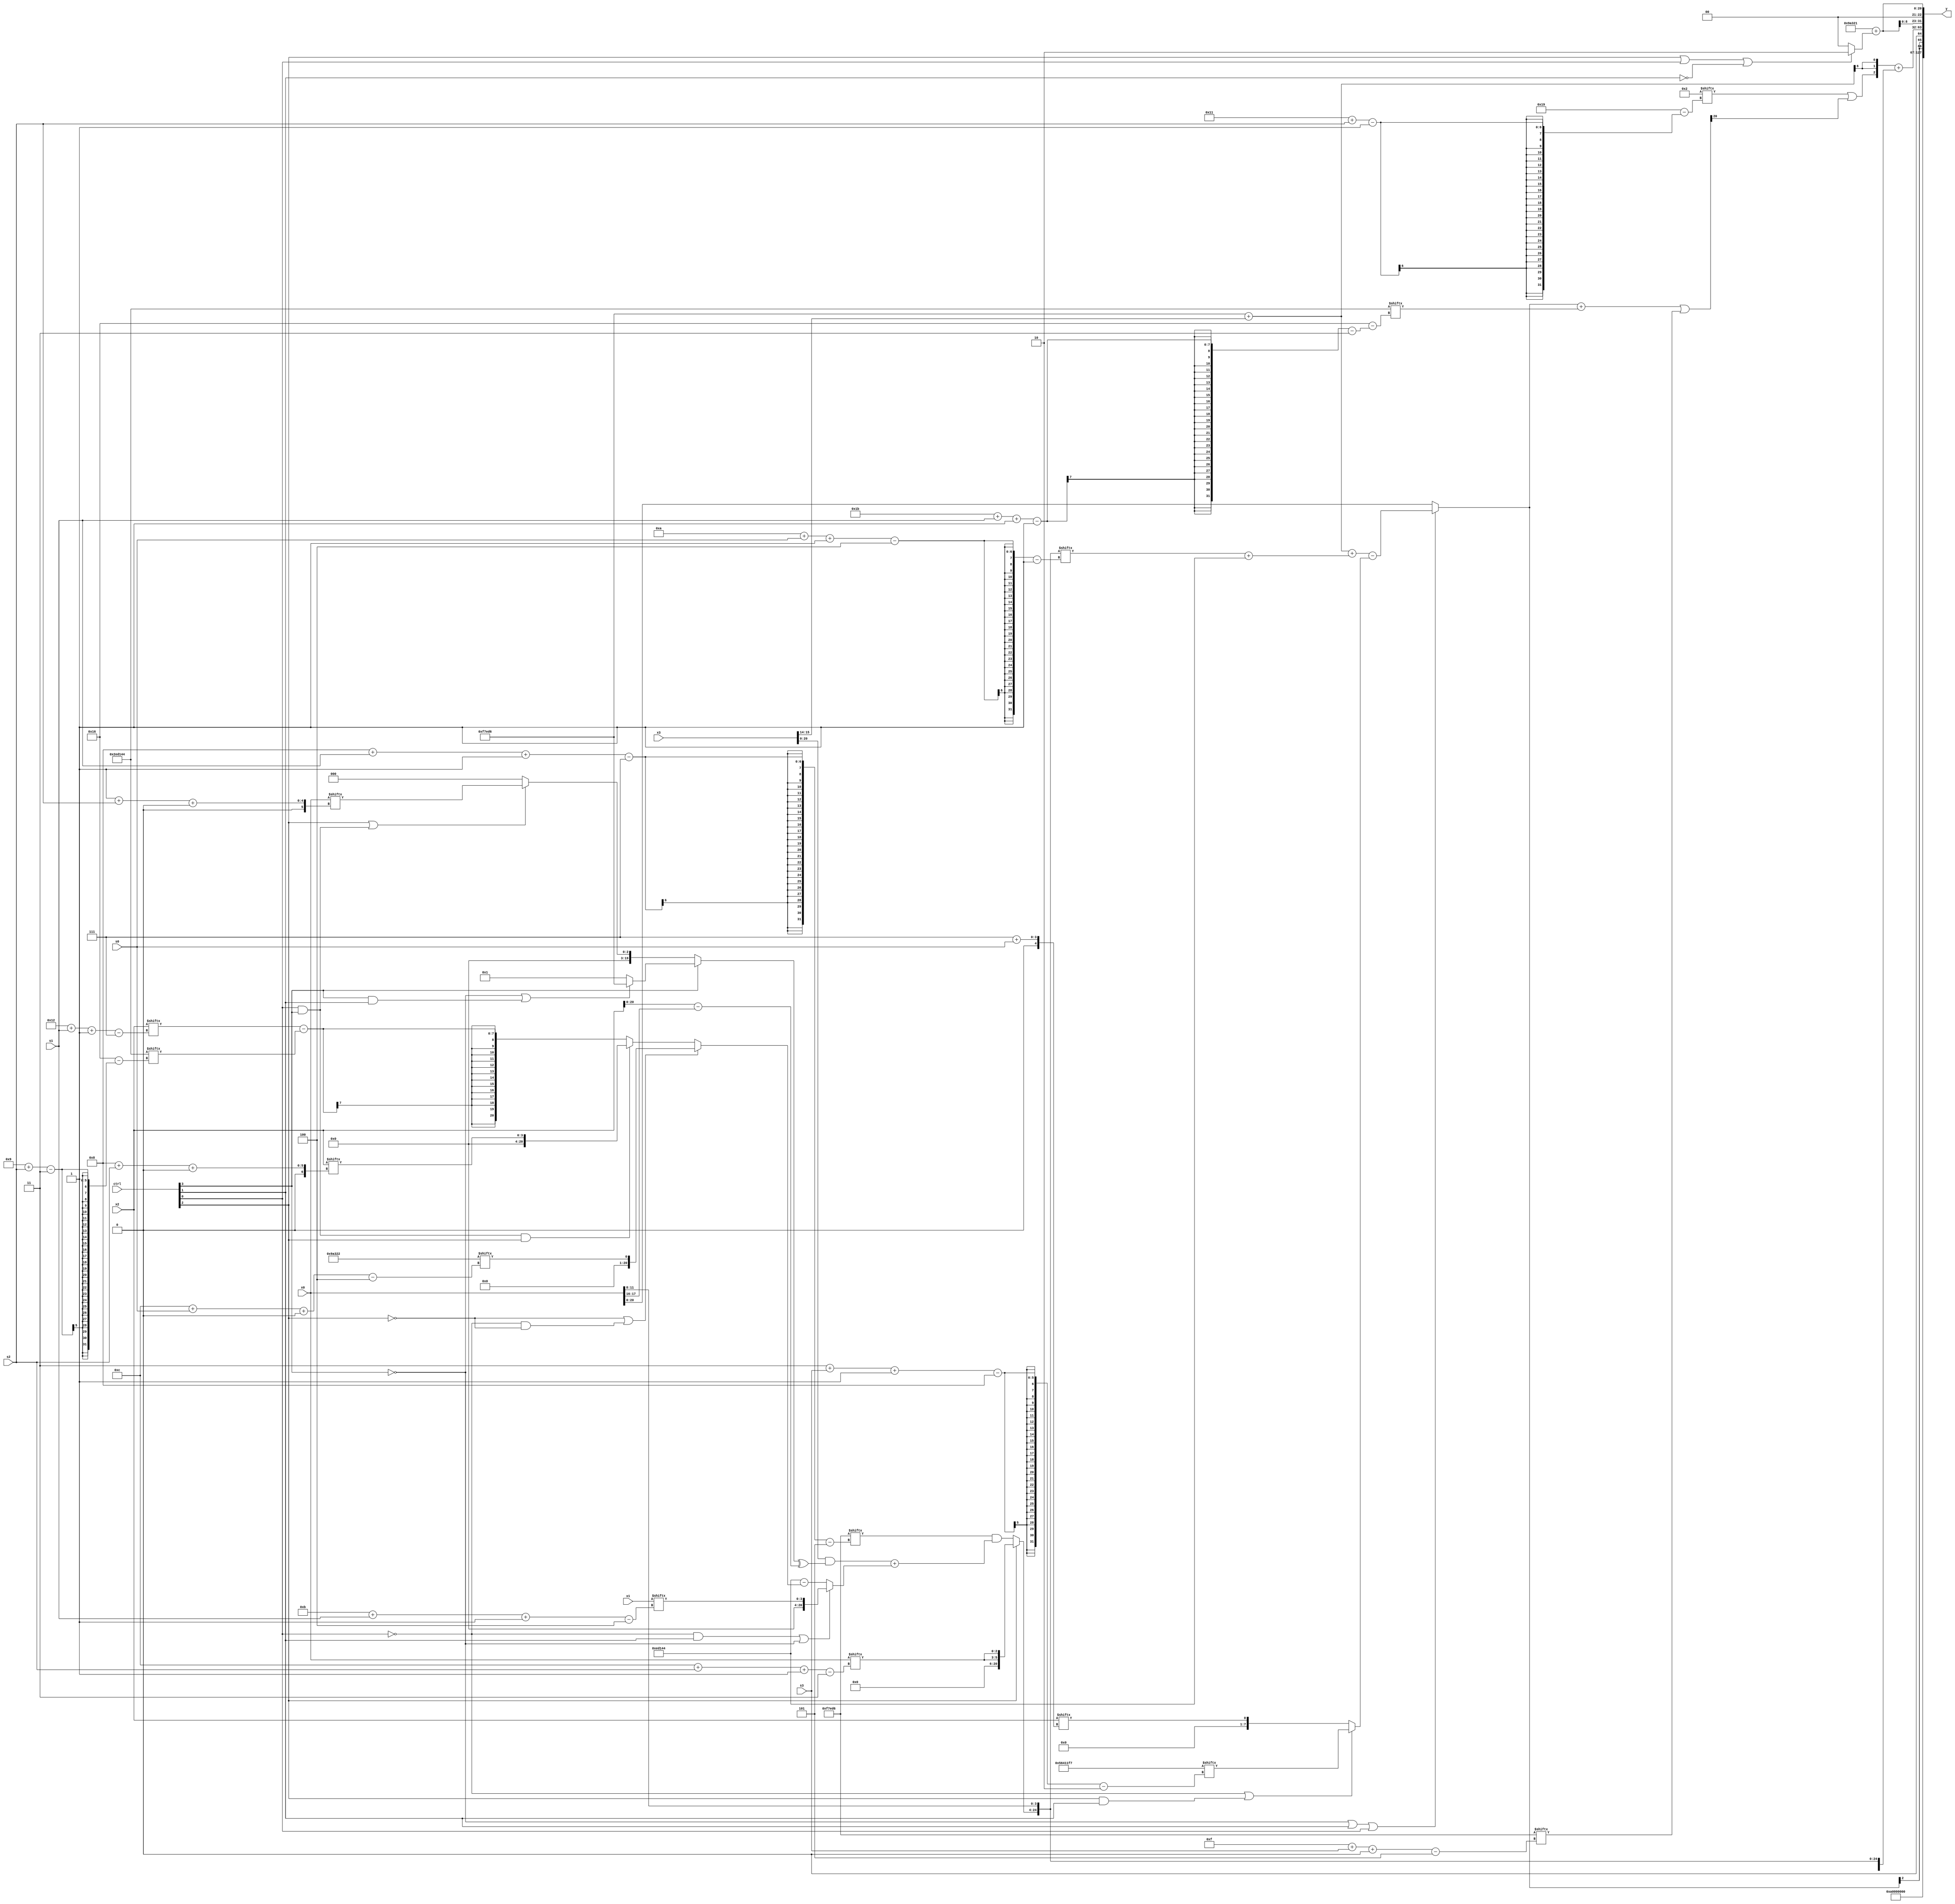
module partsel_00912(ctrl, s0, s1, s2, s3, x0, x1, x2, x3, y);
  input [3:0] ctrl;
  input [2:0] s0;
  input [2:0] s1;
  input [2:0] s2;
  input [2:0] s3;
  input signed [31:0] x0;
  input signed [31:0] x1;
  input signed [31:0] x2;
  input signed [31:0] x3;
  wire [30:7] x4;
  wire signed [0:27] x5;
  wire [1:27] x6;
  wire signed [25:1] x7;
  wire signed [28:6] x8;
  wire [30:1] x9;
  wire signed [27:0] x10;
  wire signed [4:27] x11;
  wire [1:26] x12;
  wire [7:29] x13;
  wire signed [6:24] x14;
  wire signed [2:25] x15;
  output [127:0] y;
  wire signed [31:0] y0;
  wire signed [31:0] y1;
  wire signed [31:0] y2;
  wire [31:0] y3;
  assign y = {y0,y1,y2,y3};
  localparam signed [29:2] p0 = 358879735;
  localparam signed [26:4] p1 = 621388578;
  localparam signed [25:5] p2 = 550469334;
  localparam signed [3:25] p3 = 489607492;
  assign x4 = ((x3 & ((ctrl[1] && !ctrl[1] || !ctrl[3] ? (ctrl[2] || ctrl[0] && ctrl[3] ? x0[1 + s2 +: 3] : p0[19 -: 4]) : (!ctrl[3] || ctrl[3] && ctrl[1] ? p2 : p3[17 -: 2])) ^ ({2{x2}} - x0[17 -: 2]))) + (!ctrl[0] && ctrl[1] || !ctrl[3] ? x1[11 + s1 -: 4] : (p3 - (!ctrl[2] || !ctrl[0] && !ctrl[2] ? p1[12 + s0 +: 1] : (ctrl[0] && ctrl[3] && ctrl[2] ? x2[8 + s2 +: 4] : (x2[18 + s1 -: 7] - p3[9 + s2]))))));
  assign x5 = x3[15 -: 2];
  assign x6 = (p2 + x5);
  assign x7 = {(!ctrl[1] && ctrl[1] || ctrl[2] ? {2{x0[12 + s2 -: 3]}} : (p2[8 + s1 -: 7] & x4)), x0[8 +: 4]};
  assign x8 = {((x6[10 +: 4] & x1) + p0), {2{(!ctrl[3] || ctrl[1] || ctrl[0] ? ((x6 + (x7[10 + s0 -: 4] + p3)) - (!ctrl[0] || ctrl[2] && ctrl[1] ? p0[3 + s3 -: 8] : x2[7 + s0])) : {x5[18], x0})}}};
  assign x9 = (x3 | {2{x8[22 -: 1]}});
  assign x10 = {2{((x8 + p3[27 + s1 -: 1]) | p2[15 + s3 +: 8])}};
  assign x11 = {2{p3[16 -: 4]}};
  assign x12 = p3[18 +: 3];
  assign x13 = p0[16 -: 1];
  assign x14 = {2{{({(x2[4 + s2 +: 6] - p0), {(p2[4 + s2] + x6), x12[10 + s2]}} + p2[11]), (p0[16 + s0 -: 2] + {x10[8 +: 4], x6[11 +: 3]})}}};
  assign x15 = p0[14];
  assign y0 = p3[11 +: 3];
  assign y1 = {{2{x8[8]}}, x11[21 -: 1]};
  assign y2 = ({(x12[17 + s2] | x10[20]), {2{x6[21]}}} + {2{x7}});
  assign y3 = {2{((p1 - p2[22 -: 1]) + (ctrl[2] || ctrl[0] || !ctrl[1] ? p1[17 -: 2] : x12[10 +: 1]))}};
endmodule